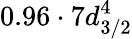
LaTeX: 0.96\cdot 7d_{3/2}^{4}